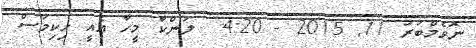
ނޮވެމްބަރު 11